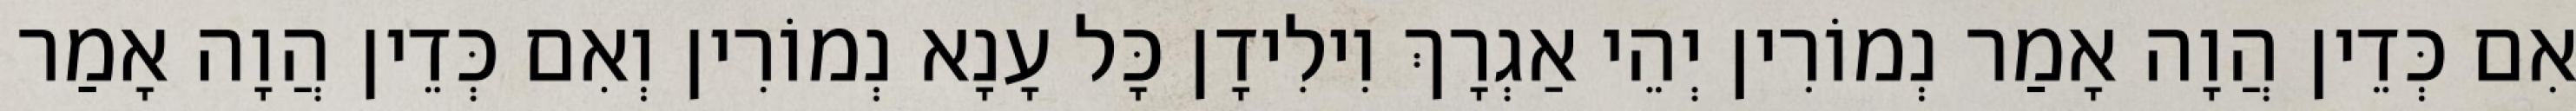
אִם כְּדֵין הֲוָה אָמַר נְמוֹרִין יְהֵי אַגְרָךְ וִילִידָן כָּל עָנָא נְמוֹרִין וְאִם כְּדֵין הֲוָה אָמַר